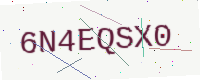
Text: 6N4EQSX0